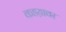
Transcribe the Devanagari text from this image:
कडय़ावर